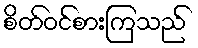
စိတ်ဝင်စားကြသည်